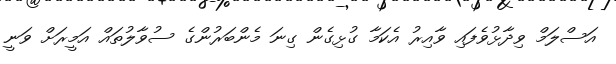
އަސްލަމް ވިދާޅުވެފައި ވާއިރު އެކަމާ ގުޅިގެން ގިނަ މެންބަރުންގެ ސުވާލުތައް އަމީރަށް ވަނީ